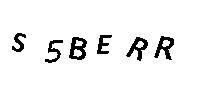
S5BERR